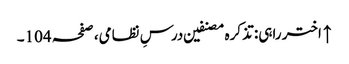
↑ اختر راہی: تذکرہ مصنفین درسِ نظامی، صفحہ 104۔